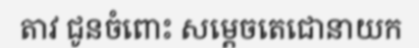
តាវ ជូនចំពោះ សម្តេចតេជោនាយក